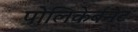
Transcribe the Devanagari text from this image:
पोलिकेर्बनेट